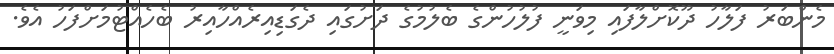
މެންބަރު ފަލާހު ދޫކޮށްލާފައި މިވަނީ ފުލުހުންގެ ބެލުމުގެ ދަށުގައި ދެގަޑިއިރެއްހާއިރު ބެހެއްޓުމަށްފަހު އެވެ.